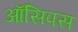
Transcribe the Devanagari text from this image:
ऑसिपस